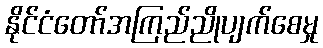
နိုင်ငံတော်အကြည်ညိုပျက်စေမှု